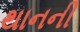
થાનની